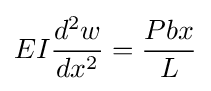
EI{\dfrac {d^{2}w}{dx^{2}}}={\dfrac {Pbx}{L}}